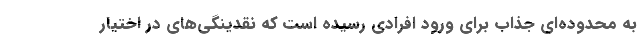
به محدوده‌ای جذاب برای ورود افرادی رسیده است که نقدینگی‌های در اختیار